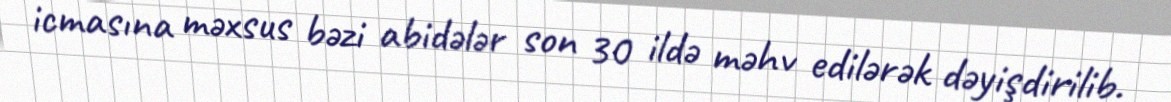
icmasına məxsus bəzi abidələr son 30 ildə məhv edilərək dəyişdirilib.